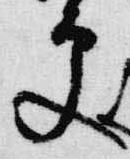
更